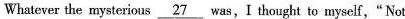
Whatever the mysterious \underline{27} was,I thought to myself," Not